Indian journal of veterinary science and animal husbandry - Volumes 15-17, 1948-1951
Year: 1948
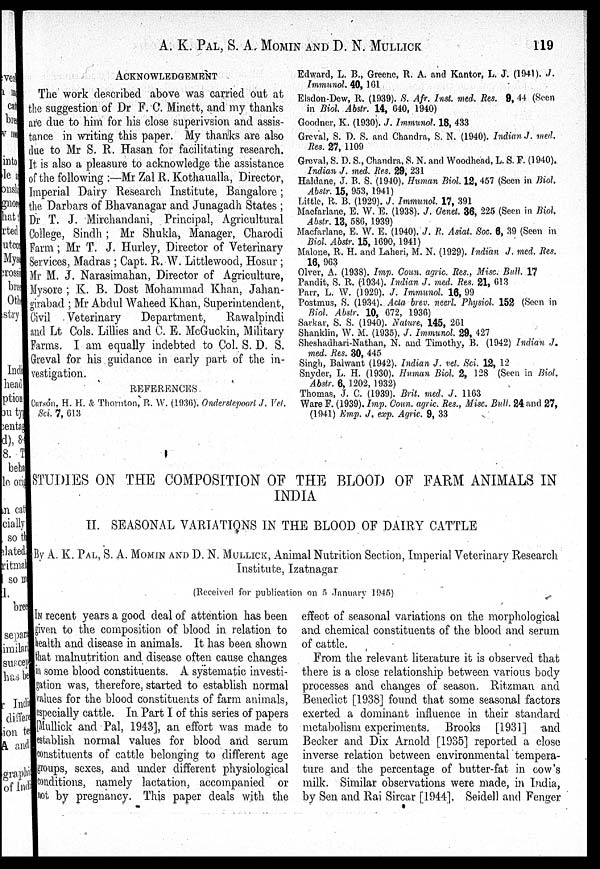
A. K.PAL, S. A. MOMIN ANDD. N.MULLICK 119
ACKNOWLEDGEMENT
The work described above was carried out at
the suggestion of Dr F. C. Minett, and my thanks
are due to him for his close superivsion and assis-
tance in writing this paper. My thanks are also
due to Mr S. R. Hasan for facilitating research.
It is also a pleasure to acknowledge the assistance
of the following:—Mr Zal R. Kothaualla, Director,
Imperial Dairy Research Institute, Bangalore ;
the Darbars of Bhavanagar and Junagadh States ;
Dr T. J. Mirchandani, Principal, Agricultural
College, Sindh; Mr Shukla, Manager, Charodi
Farm; Mr T. J. Hurley, Director of Veterinary
Services, Madras; Capt. R. W. Littlewood, Hosur;
Mr M. J. Narasimahan, Director of Agriculture,
Mysore; K. B. Dost Mohammad Khan, Jahan-
girabad; Mr Abdul Waheed Khan, Superintendent,
Civil Veterinary
Department,
Rawalpindi
and Lt Cols. Lillies and C. E. McGuckin, Military
Farms. I am equally indebted to Col. S. D. S.
Greval for his guidance in early part of the in-
REFERENCES.
Curson, H. H. & Thornton, R. W. (1936). Onderstepoort J. Vet.
Sci. 7, 613
Edward, L. B., Greene, R. A. and Kantor, L. J. (1941). J.
Immunol. 40, 161
Elsdon-Dew, R. (1939). S. Afr. Inst. med. Res. 9, 44 (Seen
in Biol. Abstr. 14, 640, 1940)
Goodner, K. (1930). J. Immunol. 18, 433
Greval, S. D. S. and Chandra, S. N. (1940). Indian J. med.
Res. 27, 1109
Greval, S. D. S., Chandra, S. N. and Woodhead, L. S. F. (1940).
Indian J. med. Res. 29, 231
Haldane, J. B. S. (1940). Human Biol. 12, 457 (Seen in Biol.
Abstr. 15, 953, 1941)
Little, R. B. (1929). J. Immunol. 17, 391
Macfarlane, E. W. E. (1938). J. Genet. 36, 225 (Seen in Biol,
Abstr. 13, 586, 1939)
Macfarlane, E. W. E. (1940). J. R. Asiat. Soc. 6, 39 (Seen in
Biol. Abstr. 15, 1690, 1941)
Malone, R. H. and Laheri, M. N. (1929). Indian J. med. Res.
16, 963
Olver, A. (1938). Imp. Coun. agric. Res., Misc. Bull. 17
Pandit, S. R. (-1934). Indian J. med. Res. 21, 613
Parr, L. W. (1929). J. Immunol. 16, 99
Postmus, S. (1934). Acta brev. neerl. Physiol. 152 (Seen in
Biol. Abstr. 10, 672, 1936)
Sarkar, S. S. (1940). Nature, 145, 261
Shanklin, W. M. (1935). J. Immunol. 29, 427
Sheshadhari-Nathan, N. and Timothy, B. (1942) Indian J.
med. Res. 30, 445
Singh, Balwant (1942). Indian J. vet. Sci. 12, 12
Abstr. 6, 1202, 1932)
Thomas, J. C. (1939). Brit. med. J. 1163
Ware F. (1939). Imp. Coun. agric. Res., Misc. Bull. 24 and 27,
(1941) Emp. J. exp. Agric. 9, 33
STUDIES ON THE COMPOSITION OF THE BLOOD OF FARM ANIMALS IN
INDIA
II. SEASONAL VARIATIONS IN THE BLOOD OF DAIRY CATTLE
By A. K. PAL, S. A. MOMIN AND D. N. MULLICK, Animal Nutrition Section, Imperial Veterinary Research
Institute, Izatnagar
(Received for publication on 5 January 1945)
IN recent years a good deal of attention has been
given to the composition of blood in relation to
health and disease in animals. It has been shown
that malnutrition and disease often cause changes
i n some blood constituents. A systematic investi-
gation was, therefore, started to establish normal
values for the blood constituents of farm animals,
especially cattle. In Part I of this series of papers
[Mullick and Pal, 1943], an effort was made to
establish normal values for blood and serum
constituents of cattle belonging to different age
groups, sexes, and under different physiological
conditions, namely lactation, accompanied or
not by pregnancy. This paper deals with the
effect of seasonal variations on the morphological
and chemical constituents of the blood and serum
of cattle.
From the relevant literature it is observed that
there is a close relationship between various body
processes and changes of season. Ritzman and
Benedict [1938] found that some seasonal factors
exerted a dominant influence in their standard
metabolism experiments. Brooks [1931] and
Becker and Dix Arnold [1935] reported a close
inverse relation between environmental tempera-
ture and the percentage of butter-fat in cow's
milk. Similar observations were made, in India,
by Sen and Rai Sircar [1944], Seidell and Fenger